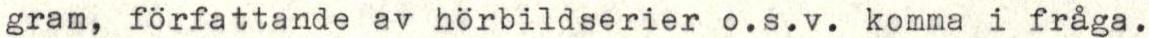
gram, författande av hörbildserier o.s.v. komma i fråga.